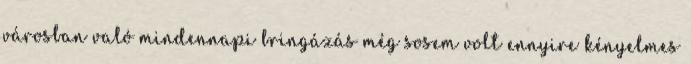
városban való mindennapi bringázás még sosem volt ennyire kényelmes